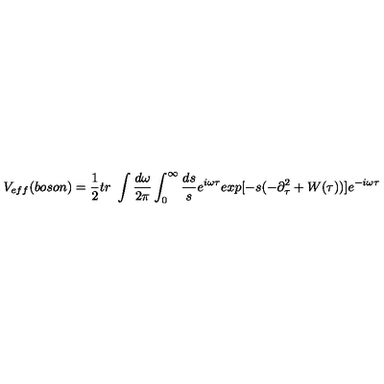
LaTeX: V _ { e f f } ( b o s o n ) = \frac { 1 } { 2 } t r \ \int \frac { d \omega } { 2 \pi } \int _ { 0 } ^ { \infty } \frac { d s } { s } e ^ { i \omega \tau } e x p [ - s ( - \partial _ { \tau } ^ { 2 } + W ( \tau ) ) ] e ^ { - i \omega \tau } \,